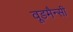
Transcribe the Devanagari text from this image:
वूडमैन्सी